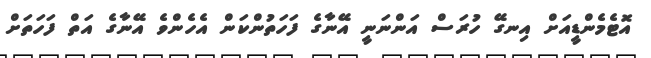
އޮޓެމެންޑީއަށް އިނގޭ ހުރަސް އަންނަނީ އޭނާގެ ފަހަތުންކަން އެހެންވެ އޭނާގެ އަތް ފަހަތަށް